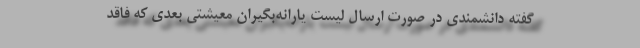
گفته دانشمندی در صورت ارسال لیست یارانه‌بگیران معیشتی بعدی که فاقد